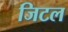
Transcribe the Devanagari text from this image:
जिटल